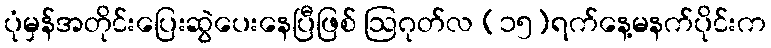
ပုံမှန်အတိုင်းပြေးဆွဲပေးနေပြီဖြစ် ဩဂုတ်လ (၁၅)ရက်နေ့မနက်ပိုင်းက